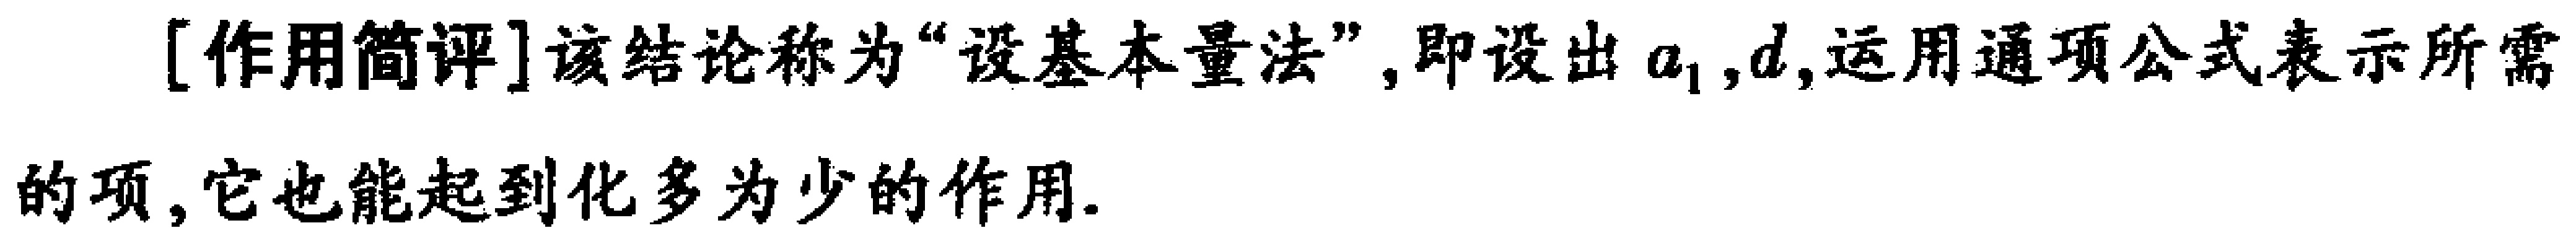
[作用简评]该结论称为“设基本量法”,即设出\(a_{1},d\),运用通项公式表示所需的项,它也能起到化多为少的作用.